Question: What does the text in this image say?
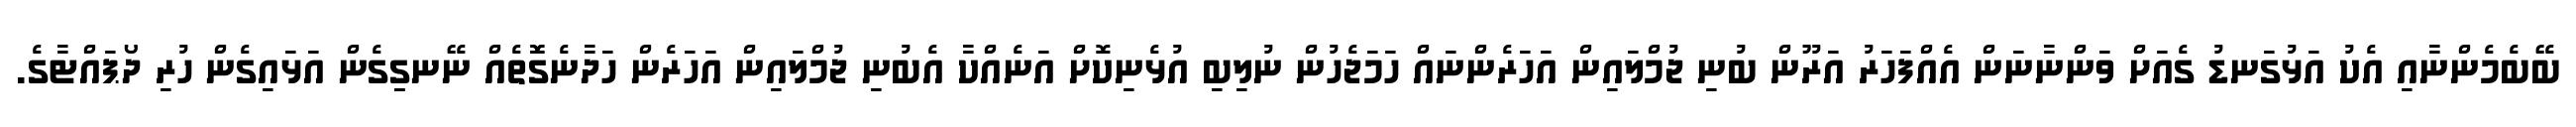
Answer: ބޭބެމެންނާއި އެކު އަޅުގަނޑު ގެއަށް ވަންނާނަން އެއްފަހަރު އަރޫން ބުނި ޖުމްލައިން އަހަރެންނައް ހަމަޖެހުން ނުލިބި އުޅެނިކޮށް އަނެއްކާ އެބުނި ޖުމްލައިން އަހަރެން ހަދާނެގޮޮތެއް ނޭނގިިގެން އަޅައިގެން ހުރި ދޯޕައްޓާގެ.